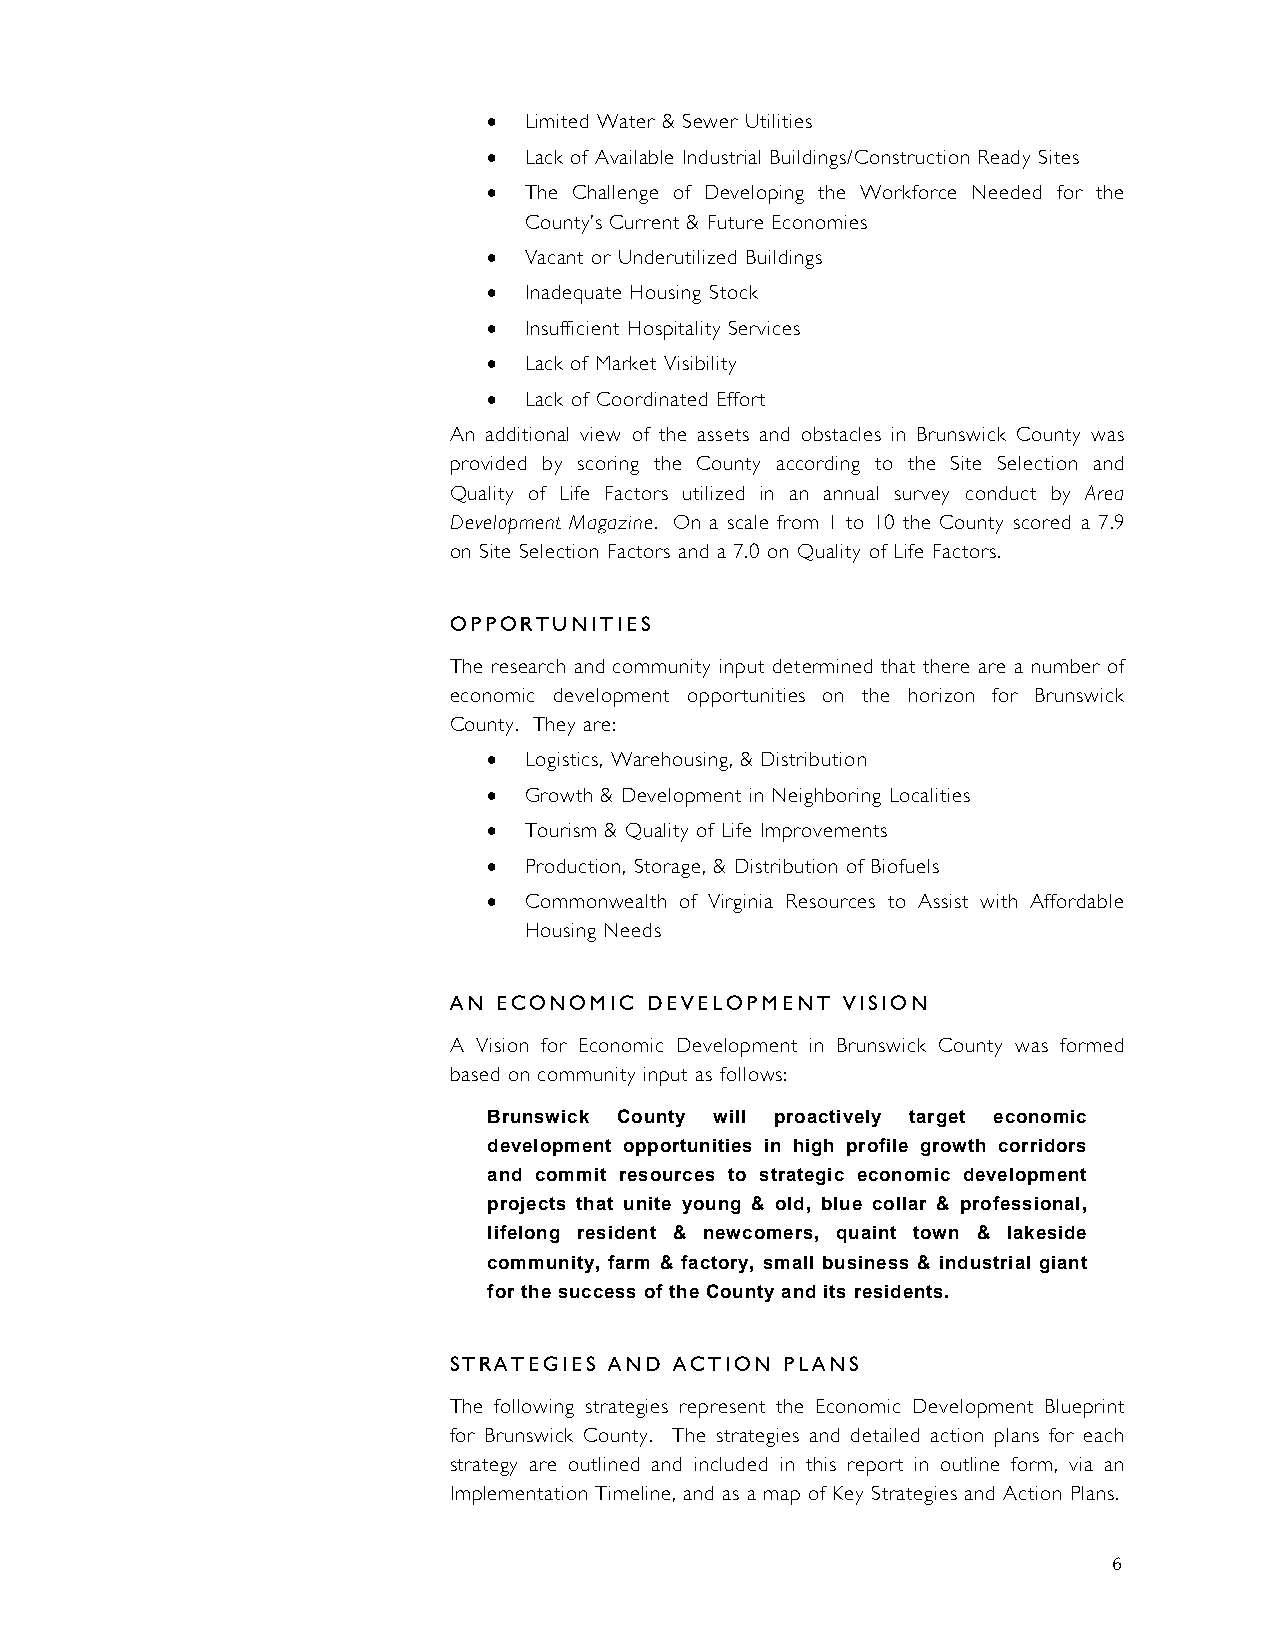
•  Limited Water & Sewer Utilities
 •  Lack of Available Industrial Buildings/Construction Ready Sites
 •  The Challenge of Developing the Workforce Needed for the
 County’s Current & Future Economies
 •  Vacant or Underutilized Buildings
 •  Inadequate Housing Stock
 •  Insufficient Hospitality Services
 •  Lack of Market Visibility
 •  Lack of Coordinated Effort
 An additional view of the assets and obstacles in Brunswick County was
 provided by scoring the County according to the Site Selection and
 Quality of Life Factors utilized in an annual survey conduct by Area
 Development Magazine. On a scale from 1 to 10 the County scored a 7.9
 on Site Selection Factors and a 7.0 on Quality of Life Factors.
 OPPORTUNITIES
 The research and community input determined that there are a number of
 economic development opportunities on the horizon for Brunswick
 County. They are:
 •  Logistics, Warehousing, & Distribution
 •  Growth & Development in Neighboring Localities
 •  Tourism & Quality of Life Improvements
 •  Production, Storage, & Distribution of Biofuels
 •  Commonwealth of Virginia Resources to Assist with Affordable
 Housing Needs
 AN ECONOMIC  DEVELOPMENT  VISION
 A Vision for Economic Development in Brunswick County was formed
 based on community input as follows:
 Brunswick County will proactively target economic
 development opportunities in high profile growth corridors
 and commit resources to strategic economic development
 projects that unite young & old, blue collar & professional,
 lifelong resident & newcomers, quaint town & lakeside
 community, farm & factory, small business & industrial giant
 for the success of the County and its residents.
 STRATEGIES AND ACTION PLANS
 The following strategies represent the Economic Development Blueprint
 for Brunswick County. The strategies and detailed action plans for each
 strategy are outlined and included in this report in outline form, via an
 Implementation Timeline, and as a map of Key Strategies and Action Plans.
 6